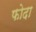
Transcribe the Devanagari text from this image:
फोदा